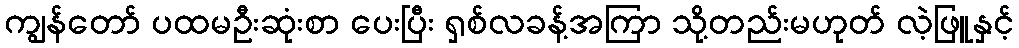
ကျွန်တော် ပထမဦးဆုံးစာ ပေးပြီး ရှစ်လခန့်အကြာ သို့တည်းမဟုတ် လဲ့ဖြူနှင့်